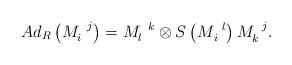
\begin{align*}Ad_{R}\left( M_{i}^{\,\,\,\,j}\right) =M_{l}^{\,\,\,\,k}\otimes S\left(M_{\,i}^{\,\,\,\,l}\right) M_{k}^{\,\,\,\,j}.\end{align*}